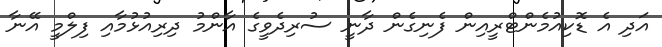
އަދި އެ ޑޮކިއުމެންޓްރީއިން ފެނިގެން ދާނީ ސުރިދެވީގެ އާންމު ދިރިއުޅުމާއި ފިލްމީ އޭނާ